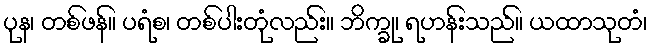
ပုန၊ တစ်ဖန်။ ပရံစ၊ တစ်ပါးတုံလည်း။ ဘိက္ခု၊ ရဟန်းသည်။ ယထာသုတံ၊